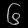
Digit: ၆